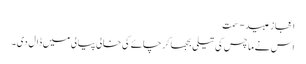
اعجاز عبید - سَمت
اس نے ماچس کی تیلی بجھا کر چائے کی خالی پیالی میں ڈال دی۔